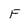
Character: F